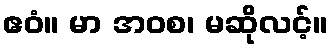
ဧဝံ။ မာ အဝစ၊ မဆိုလင့်။